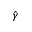
\hat { \gamma }